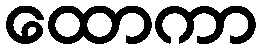
ထောကာ